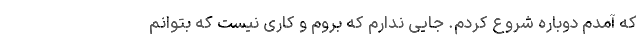
که آمدم دوباره شروع کردم. جایی ندارم که بروم و کاری نیست که بتوانم